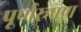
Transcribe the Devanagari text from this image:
पूर्णरूपण